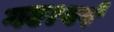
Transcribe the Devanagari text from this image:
गए।वर्ष